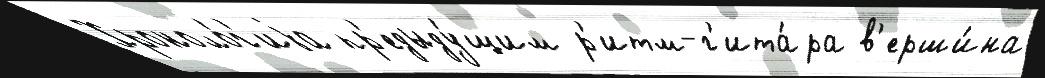
Хроноло́г'иjа пр'едыду́щим р'итм-г'ита́ра в'ерши́на